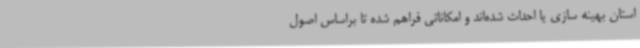
استان بهینه سازی یا احداث شده‌اند و امکاناتی فراهم شده تا براساس اصول